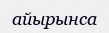
айырынса